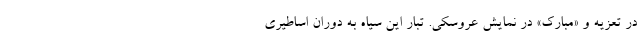
در تعزیه و «مبارک» در نمایش عروسکی. تبار این سیاه به دوران اساطیری